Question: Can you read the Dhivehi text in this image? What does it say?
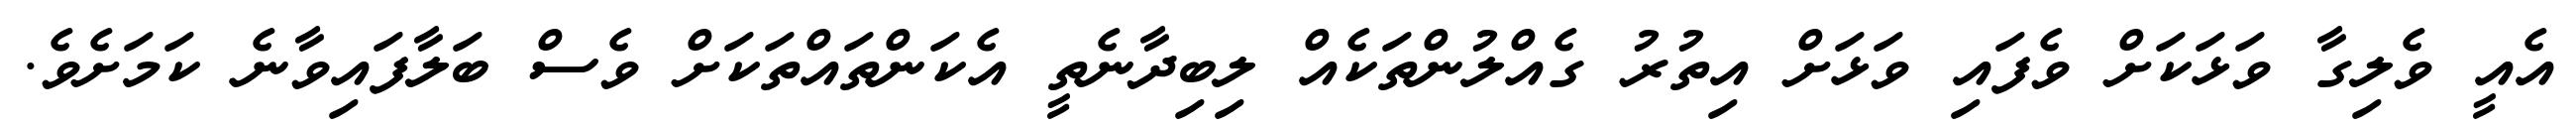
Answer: އެއީ ވެލިގާ ވަޅަކަށް ވެފައި ވަޅަށް އިތުރު ގެއްލުންތަކެއް ލިބިދާނެތީ އެކަންތައްތަކަށް ވެސް ބަލާފައިވާނެ ކަމަށެވެ.